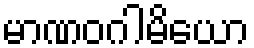
မာဏဝဂါမိယော